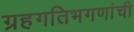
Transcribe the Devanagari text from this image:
ग्रहगतिभगणांची